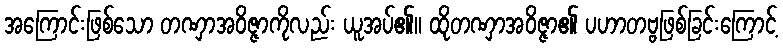
အကြောင်းဖြစ်သော တဏှာအဝိဇ္ဇာကိုလည်း ယူအပ်၏။ ထိုတဏှာအဝိဇ္ဇာ၏ ပဟာတဗ္ဗဖြစ်ခြင်းကြောင့်